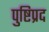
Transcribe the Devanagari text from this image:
पुष्टिप्रद